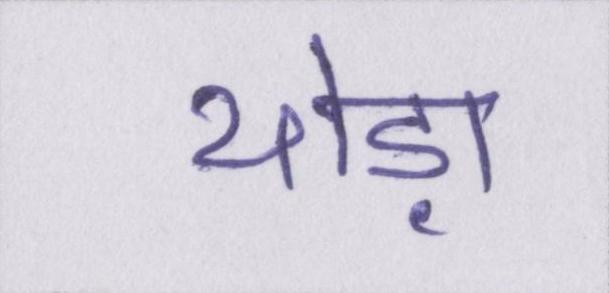
थोड़ा